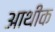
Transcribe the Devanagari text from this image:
आथीक